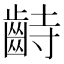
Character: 𪗺